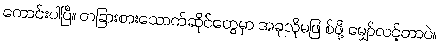
ကောင်းပါပြီ။ တခြားစားသောက်ဆိုင်တွေမှာ အခုလိုမဖြ စ်ဖို့ မျှော်လင့်တာပဲ။